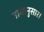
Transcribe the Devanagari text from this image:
नामानुसार।